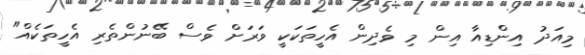
މިއަދު އިންޑިއާ އިން މި ވެދިން އެހީތަކަކީ ވަރަށް ވެސް ބޭނުންތެރި އެހީތަކެއް"